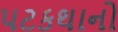
પટકથાનો